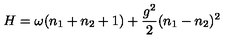
H = \omega ( n _ { 1 } + n _ { 2 } + 1 ) + \frac { g ^ { 2 } } { 2 } ( n _ { 1 } - n _ { 2 } ) ^ { 2 }